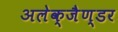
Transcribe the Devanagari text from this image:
अलेक्जैण्डर